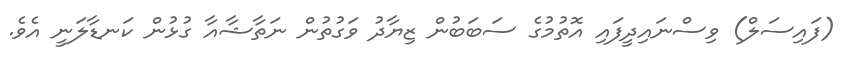
(ފައިސަލް) ވިސްނައިދީފައި އޮތުމުގެ ސަބަބުން ޒިޔާދު ވަގުތުން ނަތާޝާއާ ގުޅުން ކަނޑާލަނީ އެވެ.